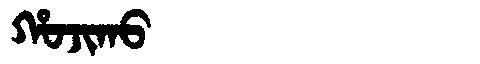
Manchu: ᡥᠣᠵᡳᡴᠣ
Romanization: HOJIKO